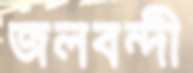
জলবন্দী